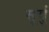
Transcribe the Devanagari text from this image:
सूर्यु